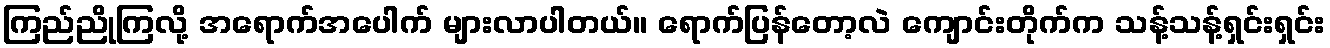
ကြည်ညိုကြလို့ အရောက်အပေါက် များလာပါတယ်။ ရောက်ပြန်တော့လဲ ကျောင်းတိုက်က သန့်သန့်ရှင်းရှင်း